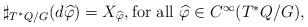
LaTeX: \begin{align*}\sharp_{T^*Q/G} (d\widehat\varphi) = X_{\widehat\varphi}, \mbox{for all $\widehat\varphi\in C^\infty(T^*Q/G)$},\end{align*}